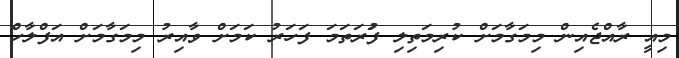
މިއީ ރާއްޖެއިން މިމަގާމަށް ކުރިމަތިލި ފުަރަތަމަ ފަހަރު ކަަމަށް ވާއިރު މިމަގާމަށް އަފްލާހް